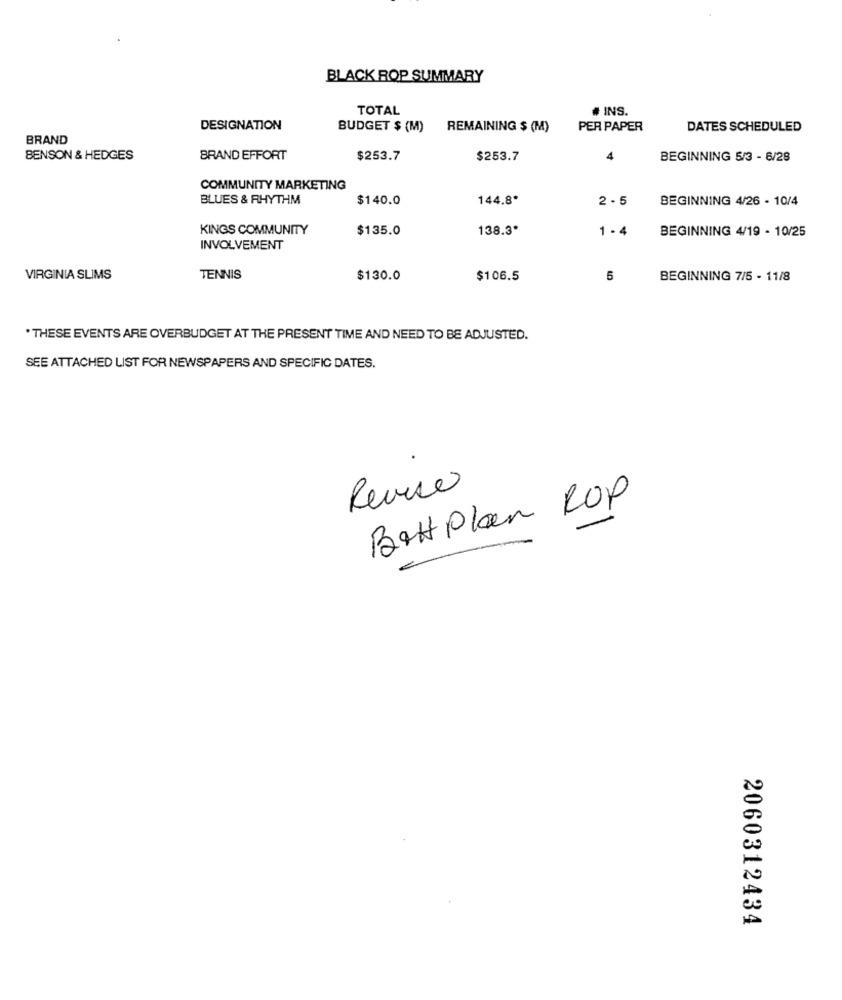
BLACK ROP SUMMARY
TOTAL
# INS.
DESIGNATION
BUDGET $ (M)
REMAINING $ (M)
PER PAPER
DATES SCHEDULED
BRAND
BENSON & HEDGES
BRAND EFFORT
$253.7
$253.7
BEGINNING 5/3 - 6/28
COMMUNITY MARKETING
BLUES & RHYTHM
$140.0
144.8*
2 - 5
BEGINNING 4/26 - 10/4
KINGS COMMUNITY
$135.0
138.3*
1.4
BEGINNING 4/19 - 10/25
INVOLVEMENT
VIRGINIA SLIMS
TENNIS
$130.0
$106.5
5
BEGINNING 7/5 - 11/8
*THESE EVENTS ARE OVERBUDGET AT THE PRESENT TIME AND NEED TO BE ADJUSTED.
SEE ATTACHED LIST FOR NEWSPAPERS AND SPECIFIC DATES.
Revise
Batt plan ROP
2060312434